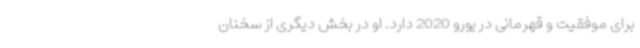
برای موفقیت و قهرمانی در یورو 2020 دارد. او در بخش دیگری از سخنان